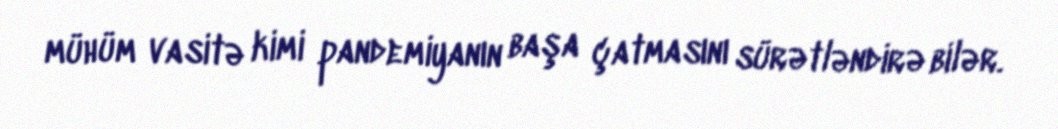
mühüm vasitə kimi pandemiyanın başa çatmasını sürətləndirə bilər.